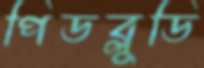
পিডব্লুডি